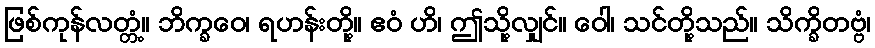
ဖြစ်ကုန်လတ္တံ့။ ဘိက္ခဝေ၊ ရဟန်းတို့။ ဧဝံ ဟိ၊ ဤသို့လျှင်။ ဝေါ၊ သင်တို့သည်။ သိက္ခိတဗ္ဗံ၊